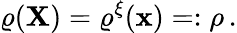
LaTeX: \varrho(\mathbf{X})=\varrho^{\xi}({\mathbf{x}})=:\rho\, .